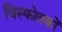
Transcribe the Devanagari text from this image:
विस्फोतकों